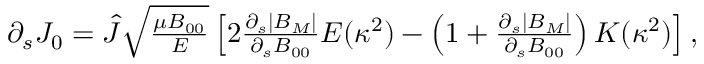
\begin{array} { r } { \partial _ { s } J _ { 0 } = \hat { J } \sqrt { \frac { \mu B _ { 0 0 } } { { \cal E } } } \left[ 2 \frac { \partial _ { s } | B _ { M } | } { \partial _ { s } B _ { 0 0 } } E ( \kappa ^ { 2 } ) - \left( 1 + \frac { \partial _ { s } | B _ { M } | } { \partial _ { s } B _ { 0 0 } } \right) K ( \kappa ^ { 2 } ) \right] , } \end{array}